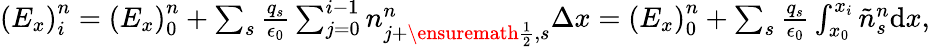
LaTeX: \begin{array}{r}{\left(E_{x}\right)_{i}^{n}=\left(E_{x}\right)_{0}^{n}+\sum_{s}\frac{q_{s}}{\epsilon_{0}}\sum_{j=0}^{i-1}n_{j+\ensuremath{{\frac{1}{2}}},s}^{n}\Delta x=\left(E_{x}\right)_{0}^{n}+\sum_{s}\frac{q_{s}}{\epsilon_{0}}\int_{x_{0}}^{x_{i}}\tilde{n}_{s}^{n}\mathrm{d}x,}\end{array}